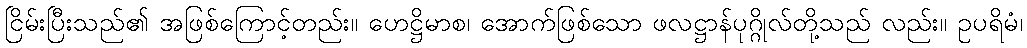
ငြိမ်းပြီးသည်၏ အဖြစ်ကြောင့်တည်း။ ဟေဋ္ဌိမာစ၊ အောက်ဖြစ်သော ဖလဋ္ဌာန်ပုဂ္ဂိုလ်တို့သည် လည်း။ ဥပရိမံ၊